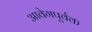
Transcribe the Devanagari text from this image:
आवेगपूर्वक